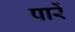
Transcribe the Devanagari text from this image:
पारें